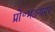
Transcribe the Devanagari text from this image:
प्रो॰भटनागर